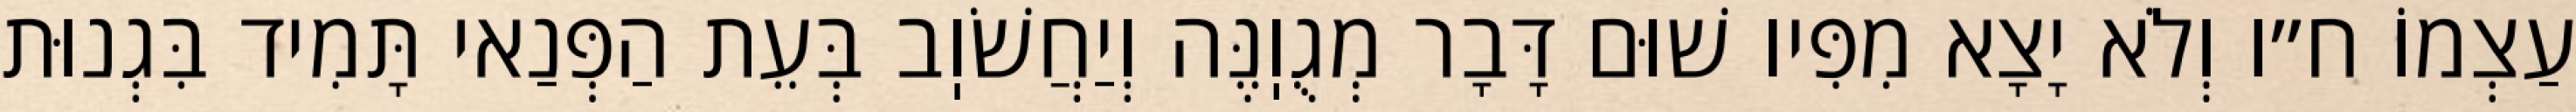
עַצְמוֹ ח״ו וְלֹא יָצָא מִפִּיו שׁוּם דָּבָר מְגֻוֽנֶּה וְיַחֲשֹׁוֽב בְּעֵת הַפְּנַאי תָּמִיד בִּגְנוּת